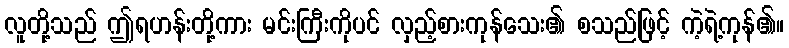
လူတို့သည် ဤရဟန်းတို့ကား မင်းကြီးကိုပင် လှည့်စားကုန်သေး၏ စသည်ဖြင့် ကဲ့ရဲ့ကုန်၏။